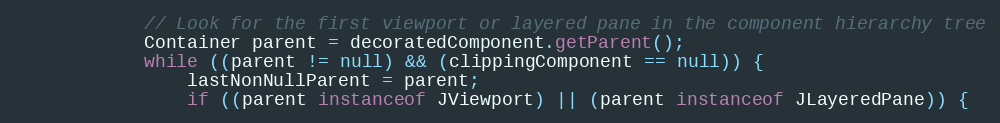
Language: Java
            // Look for the first viewport or layered pane in the component hierarchy tree
            Container parent = decoratedComponent.getParent();
            while ((parent != null) && (clippingComponent == null)) {
                lastNonNullParent = parent;
                if ((parent instanceof JViewport) || (parent instanceof JLayeredPane)) {